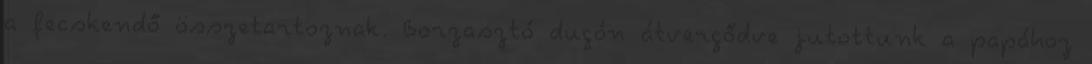
a fecskendő összetartoznak. Borzasztó dugón átvergődve jutottunk a papához